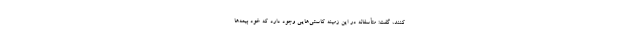
کنند، گفت: متأسفانه در این زمینه کاستی‌هایی وجود دارد که خود بیمه‌ها